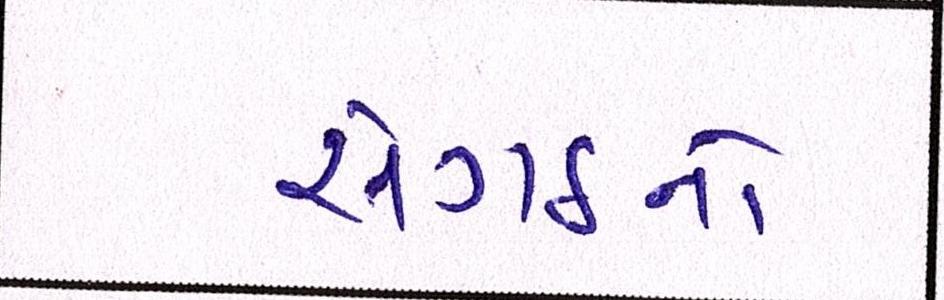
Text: સંગઠનો